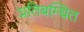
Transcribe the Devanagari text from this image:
प्रतिबम्धित